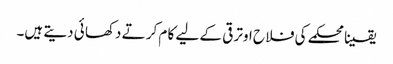
یقینا محکمے کی فلا ح اوتر قی کے لیے کا م کر تے دکھا ئی دیتے ہیں۔